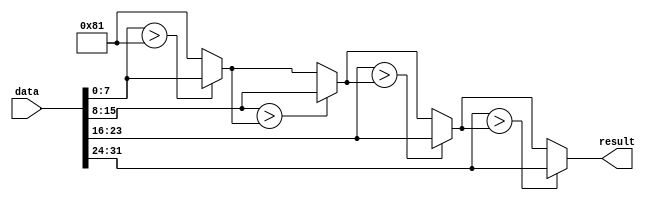
`timescale 1ns / 1ps
//////////////////////////////////////////////////////////////////////////////////
// Company: 
// Engineer: 
// 
// Design Name: 
// Module Name: Max
// Project Name: 
// Target Devices: 
// Tool Versions: 
// Description: 
// 
// Dependencies: 
// 
// Revision:
// Revision 0.01 - File Created
// Additional Comments:
// 
//////////////////////////////////////////////////////////////////////////////////


module Max#(
    parameter BITWIDTH = 8,
    parameter LENGTH = 4
    )
    (
    input [BITWIDTH * LENGTH - 1 : 0] data,
    output reg signed [BITWIDTH - 1 : 0] result
    );
    
    wire signed [BITWIDTH - 1:0] dataArray[0:LENGTH - 1];
    genvar i;
    generate      
        for(i = 0; i < LENGTH; i = i + 1) begin
            assign dataArray[i] = data[i * BITWIDTH + BITWIDTH - 1: i * BITWIDTH];
        end
    endgenerate
    
    integer j;
    always @(*) begin
        result = -127;
        for(j = 0; j < LENGTH; j = j + 1) begin
            if(dataArray[j] > result) begin
                result = dataArray[j];
            end
        end
    end
    
endmodule